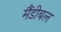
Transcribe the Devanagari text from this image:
मैंडीबल